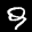
Label: 9